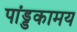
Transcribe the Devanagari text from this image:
पांड्डकामय